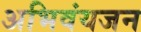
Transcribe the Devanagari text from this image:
अभिवंयजन